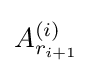
A_{r_{i+1}}^{(i)}